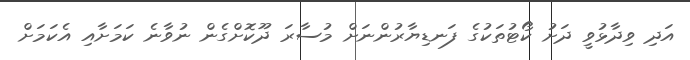
އަދި ވިދާޅުވީ ދަށު ކޯޓުތަކުގެ ފަނޑިޔާރުންނަށް މުސާރަ ދޫކޮށްގެން ނުވާނެ ކަމަށާއި އެކަމަށް